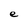
Character: e